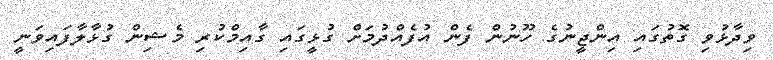
ވިދާޅުވި ގޮތުގައި އިންޖީނުގެ ހޫނުން ފެން އުފެއްދުމަށް ގުޅީގައި ގާއިމްކުރި މެޝިން ގުޅާލާފައިވަނީ